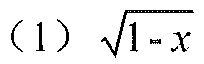
(1) $\sqrt{1 - x}$